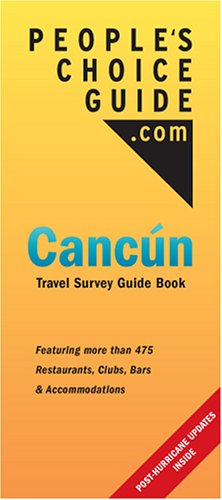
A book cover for People's Choice Guide: Cancun Travel Survey Guide Book; Eric Rabinowitz; Travel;